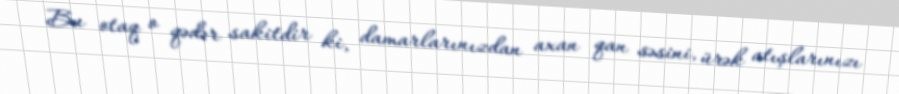
Bu otaq o qədər sakitdir ki, damarlarınızdan axan qan səsini, ürək atışlarınızı